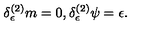
\delta _ { \epsilon } ^ { ( 2 ) } m = 0 , \delta _ { \epsilon } ^ { ( 2 ) } \psi = \epsilon .